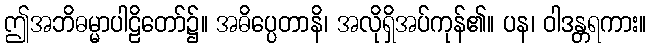
ဤအဘိဓမ္မာပါဠိတော်၌။ အဓိပ္ပေတာနိ၊ အလိုရှိအပ်ကုန်၏။ ပန၊ ဝါဒန္တရကား။